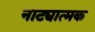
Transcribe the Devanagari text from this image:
नाट्यात्मक